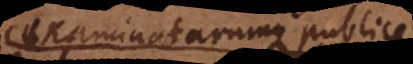
examinatarumque publice